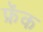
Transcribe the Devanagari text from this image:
फ्रॅक